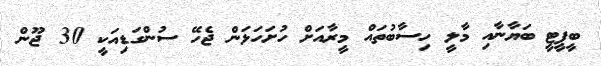
ބީޕީޓީ ބަޔާނާއި މާލީ ހިސާބުތައް މީރާއަށް ހުށަހަޅަން ޖެހޭ ސުންގަޑިއަކީ 30 ޖޫން